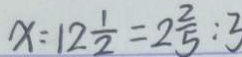
x : 1 2 \frac { 1 } { 2 } = 2 \frac { 2 } { 5 } : 3